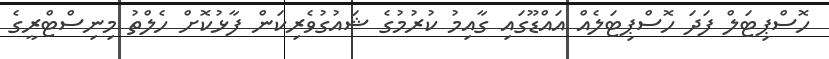
ހޮސްޕިޓަލް ފަދަ ހޮސްޕިޓަލެއް އައްޑޫގައި ގާއިމު ކުރުމުގެ ޝައުގުވެރިކަން ފާޅުކޮށް ހެލްތު މިނިސްޓްރީގެ